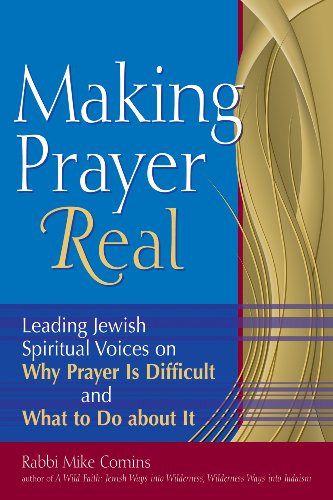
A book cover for Making Prayer Real: Leading Jewish Spiritual Voices on Why Prayer Is Difficult and What to Do about It; Rabbi Mike Comins; Religion & Spirituality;